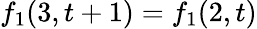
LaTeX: f_{1}(3,t+1)=f_{1}(2,t)